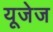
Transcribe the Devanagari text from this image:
यूजेज